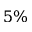
5 \%